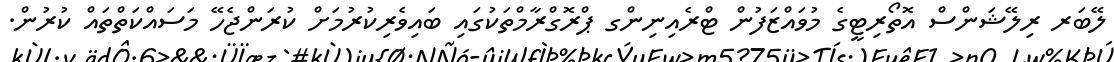
ލޭބަރ ރިލޭޝަންސް އޮތޯރިޓީގެ މުވައްޒަފުން ޓްރެއިނިންގ ޕްރޮގްރާމްތަކުގައި ބައިވެރިކުރުމަށް ކުރަންޖެހޭ މަސައްކަތްތައް ކުރުން.